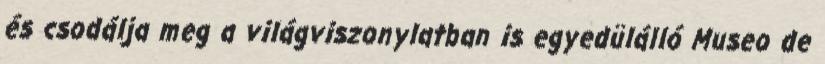
és csodálja meg a világviszonylatban is egyedülálló Museo de